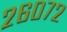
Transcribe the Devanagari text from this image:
२६०७२